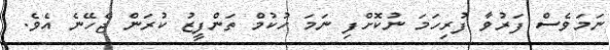
ނަމަވެސް ފަރުވާ ފުރިހަމަ ނުކޮށްފި ނަމަ ހުކުމް ތަންފީޒު ކުރަން ޖެހޭނެ އެވެ.